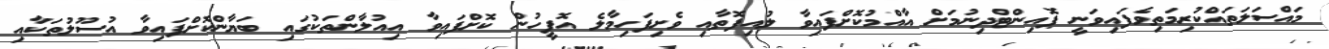
މައްސަލަތައްކުރިމަތިވެފައިވަނީ ޕޮއިންޓްދިނުމަށް އާއްމުކޮށްފައިވާ ލުއިފޮތާއި ވެށިފަހިމާލެ އޮފީހުން ކޮށްފައިވާ އިއުލާންތަކުގައި ބަޔާންކޮށްފައިވާ އުސޫލުތަކާއި